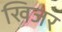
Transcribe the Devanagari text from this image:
खिजर